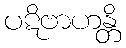
ပဋိဗာဟန္တိ